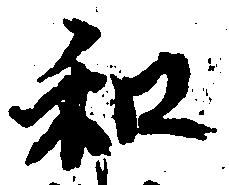
和